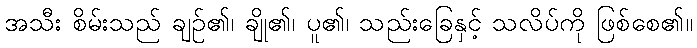
အသီး စိမ်းသည် ချဉ်၏၊ ချို၏၊ ပူ၏၊ သည်းခြေနှင့် သလိပ်ကို ဖြစ်စေ၏။